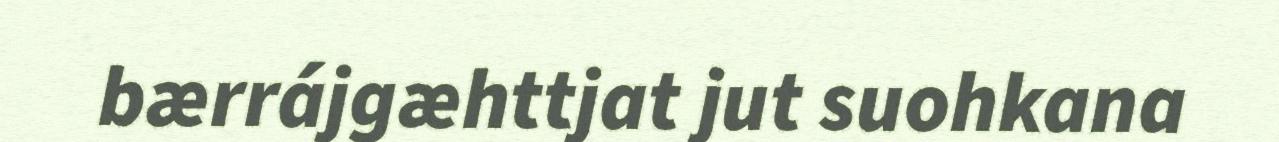
bærrájgæhttjat jut suohkana